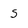
Character: s